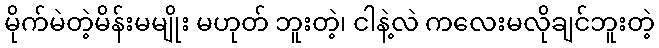
မိုက်မဲတဲ့မိန်းမမျိုး မဟုတ် ဘူးတဲ့၊ ငါနဲ့လဲ ကလေးမလိုချင်ဘူးတဲ့